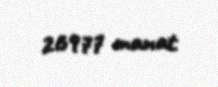
26977 manat